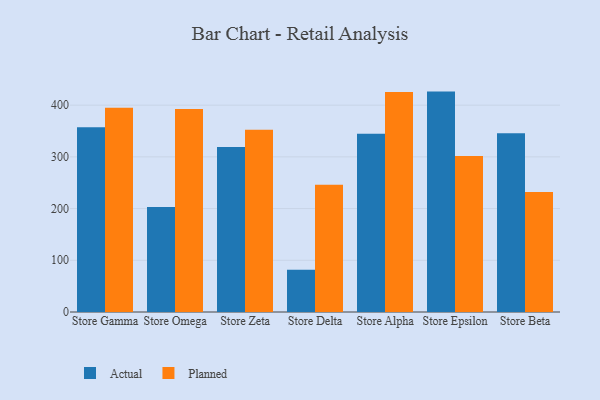
{"axis": {"x": "Store", "y": "Active Users"}, "legend": ["Actual", "Planned"], "data": [{"x": "Store Gamma", "y": 357.1, "type": "Actual"}, {"x": "Store Gamma", "y": 394.9, "type": "Planned"}, {"x": "Store Omega", "y": 203.2, "type": "Actual"}, {"x": "Store Omega", "y": 392.7, "type": "Planned"}, {"x": "Store Zeta", "y": 319.1, "type": "Actual"}, {"x": "Store Zeta", "y": 352.3, "type": "Planned"}, {"x": "Store Delta", "y": 81.7, "type": "Actual"}, {"x": "Store Delta", "y": 246.0, "type": "Planned"}, {"x": "Store Alpha", "y": 344.6, "type": "Actual"}, {"x": "Store Alpha", "y": 425.3, "type": "Planned"}, {"x": "Store Epsilon", "y": 426.2, "type": "Actual"}, {"x": "Store Epsilon", "y": 301.5, "type": "Planned"}, {"x": "Store Beta", "y": 345.7, "type": "Actual"}, {"x": "Store Beta", "y": 232.1, "type": "Planned"}]}